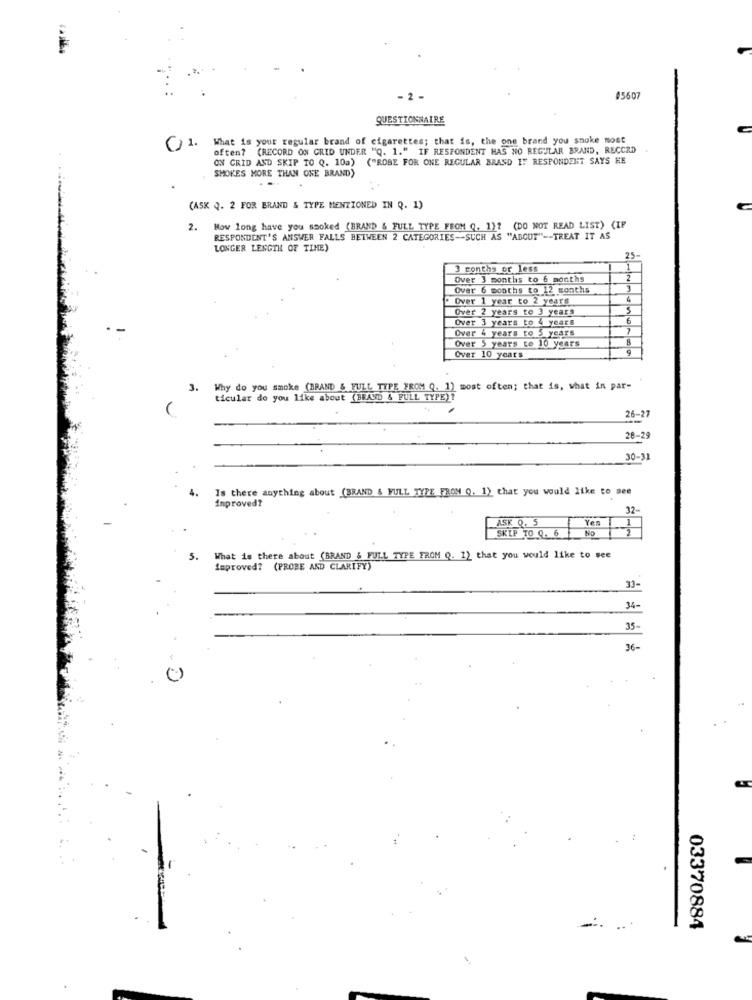
- 2 -
05607
QUESTIONNAIRE
What is your regular brand of cigarettes; that is, the one brand you smoke most
often? (RECORD ON GRID UNDER "Q. 1." IF RESPONDENT HAS NO REGULAR BRAND, RECORD
ON CRID AND SKIP TO Q. 10a) ("ROBE FOR ONE REGULAR BRAND IF RESPONDENT SAYS HE
SMOKES MORE THAN ONE BRAND)
(ASK Q. 2 FOR BRAND & TYPE MENTIONED IN Q. 1)
2. Mow long have you smoked (BRAND & FULL TYPE FEOM Q. 1)? (DO NOT READ LIST) (IF
RESPONDENT'S ANSWER FALLS BETWEEN 2 CATEGORIES -- SUCH AS "ABOUT" -- TREAT IT AS
LONGER LENGTH OF TIME)
25-
3 months or less
1
Over 3 months to 6 months
Over 6 months to 12 months
3
Over 1 year to 2 years
4
Over 2 years to 3 years
Over 3 years to 4 years
6
Over 4 years to 5 years
7
Over 5 years te 10 years
Over 10 years
3. Why do you smoke (BRAND & FULL TYPE FROM Q. 1) most often; that is, what in par-
ticular do you like about (BRAND & FULL TYPE)?
26-21
28-29
30-31
4.
Is there anything about (BRAND & FULL TYPE FRON Q. 1) that you would like to see
inproved?
32-
ASK Q. 5
Yes -
SKIP TO 0. 6
5.
What is there about (BRAND & FULL TYPE FROM Q. 1) that you would like to see
improved? (PROBE AND CLARIFY)
31-
34-
35-
36-
03370884